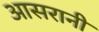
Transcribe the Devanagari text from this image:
आसरानी